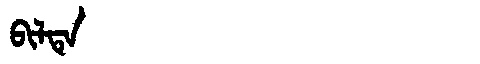
Manchu: ᠪᡳᠯᡨᡝ
Romanization: BILTE